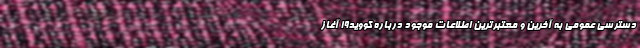
دسترسی عمومی به آخرین و معتبرترین اطلاعات موجود درباره کووید۱۹ آغاز